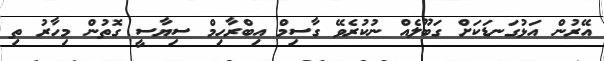
އޭރުން އަޅުގަނޑަކަށް ގަބޫލެއް ނުކުރެވޭ ގާސިމް އިބްރާހިމް ސިޔާސީ ގޮތުން މިހާރު ތި